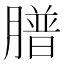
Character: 𦡮